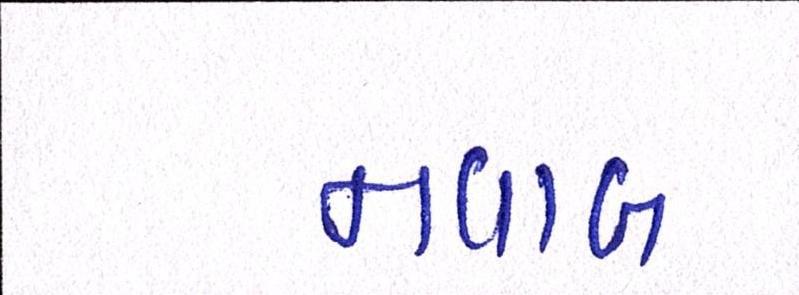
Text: નવાબ